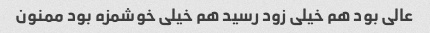
عالی بود هم خیلی زود رسید هم خیلی خوشمزه بود ممنون